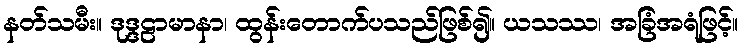
နတ်သမီး။ ဒုဒ္ဒဠာမာနာ၊ ထွန်းတောက်ပသည်ဖြစ်၍။ ယသဿ၊ အခြံအရံဖြင့်။